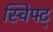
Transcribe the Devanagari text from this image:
स्विफ्ट्